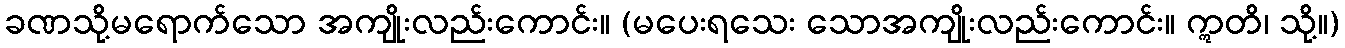
ခဏသို့မရောက်သော အကျိုးလည်းကောင်း။ (မပေးရသေး သောအကျိုးလည်းကောင်း။ ဣတိ၊ သို့။)